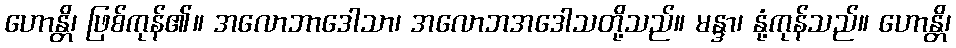
ဟောန္တိ၊ ဖြစ်ကုန်၏။ အလောဘာဒေါသာ၊ အလောဘအဒေါသတို့သည်။ မန္ဒာ၊ နုံ့ကုန်သည်။ ဟောန္တိ၊